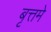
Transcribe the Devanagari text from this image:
बृत्तमे